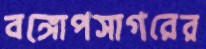
বঙ্গোপসাগরের